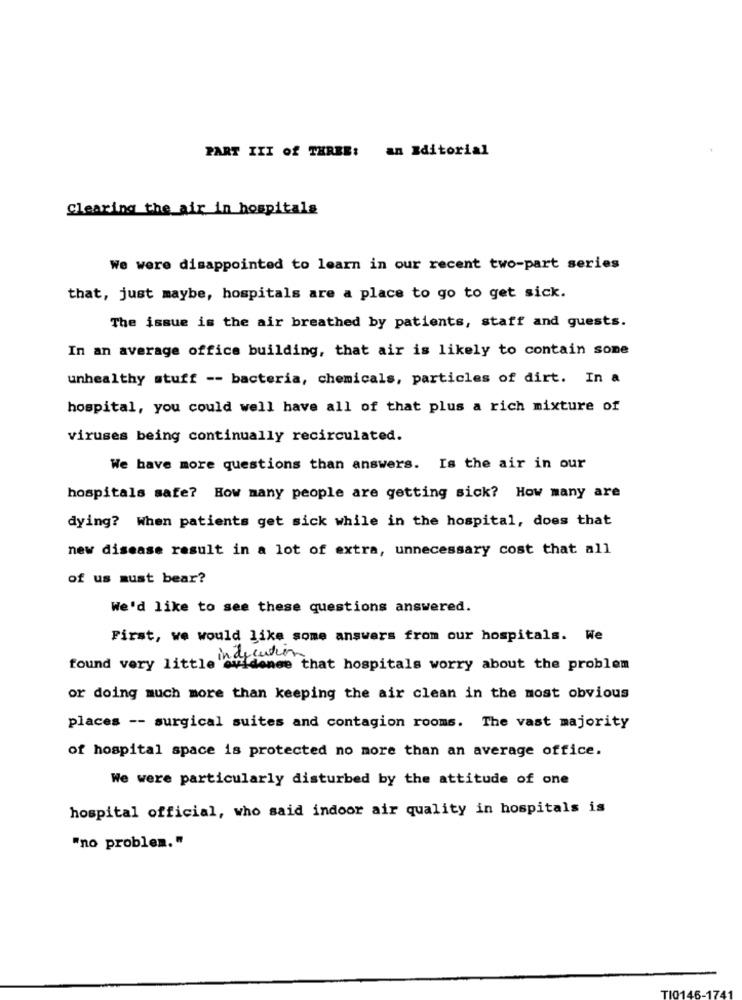
PART III of THREE: an Editorial
clearing the air in hospitals
We were disappointed to learn in our recent two-part series
that, just maybe, hospitals are a place to go to get sick.
The issue is the air breathed by patients, staff and guests.
In an average office building, that air is likely to contain some
unhealthy stuff -- bacteria, chemicals, particles of dirt. In a
hospital, you could well have all of that plus a rich mixture of
viruses being continually recirculated.
We have more questions than answers. Is the air in our
hospitals safe? How many people are getting sick? How many are
dying? When patients get sick while in the hospital, does that
new disease result in a lot of extra, unnecessary cost that all
of us must bear?
We'd like to see these questions answered.
First, we would like some answers from our hospitals. We
indication
found very little evidence that hospitals worry about the problem
or doing much more than keeping the air clean in the most obvious
places -- surgical suites and contagion rooms. The vast majority
of hospital space is protected no more than an average office.
We were particularly disturbed by the attitude of one
hospital official, who said indoor air quality in hospitals is
"no problem. "